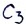
Text: C3